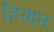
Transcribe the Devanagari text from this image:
हियान